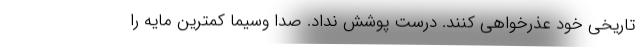
تاریخی خود عذرخواهی کنند. درست پوشش نداد. صدا وسیما کمترین مایه را